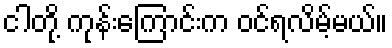
ငါတို့ ကုန်းကြောင်းက ဝင်ရလိမ့်မယ်။